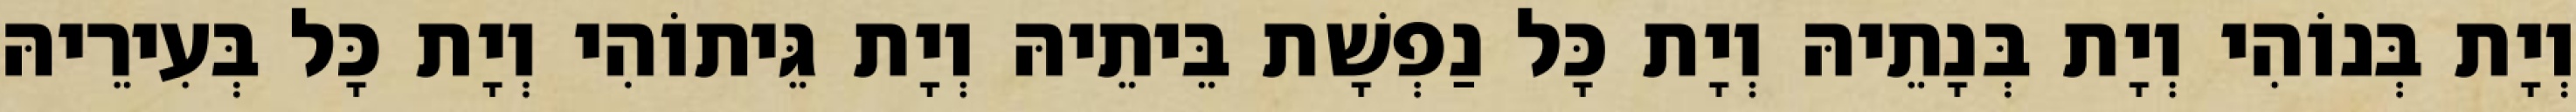
וְיָת בְּנוֹהִי וְיָת בְּנָתֵיהּ וְיָת כָּל נַפְשָׁת בֵּיתֵיהּ וְיָת גֵּיתוֹהִי וְיָת כָּל בְּעִירֵיהּ